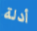
أدلة